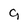
Character: 9